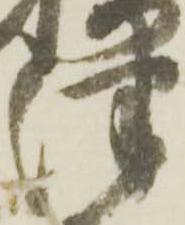
津